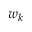
w _ { k }